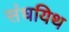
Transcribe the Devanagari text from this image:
संधयिथ